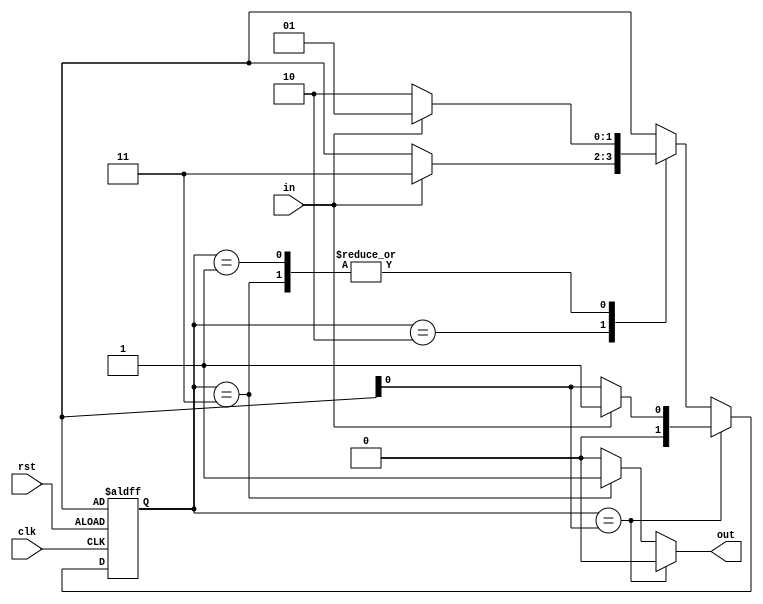
module Moore_Machine
(
	input clk,
	input rst,
	input in,
	output reg out
);

parameter [1:0] S1 = 2'd01,
				S1 = 2'd1,
				S2 = 2'd2,
				S3 = 2'd3;

reg [1:0] state, nxt_state;


/*
initial
begin
out = 1'b0;
state = S0;
nxt_state = S0;
end
*/

always @(posedge clk or posedge rst)
begin 
	if(rst) state <= S0;
	else 	state <= nxt_state;
end

always @(state or in)
begin
//out = 1'b0;
	
	case(state)
	
	S0 : 
	begin 
		out <= 1'b0;
		if(in) nxt_state <= S1;
		else   nxt_state <= S0;
	end
	
	S1:
	begin 
		out <= 1'b0;
		if(in) nxt_state <= S1;
		else   nxt_state <= S2;
	end

	S2:
	begin 
		out <= 1'b0;
		if(in) nxt_state <= S3;
		else   nxt_state <= S0;
	end
	
	S3:
	begin 
		out <= 1'b1;
		if(in) nxt_state <= S1;
		else   nxt_state <= S2;
	end
	
	default :
	begin
		out <= 1'b0;
		nxt_state <= S0;
	end

	endcase
end

endmodule